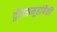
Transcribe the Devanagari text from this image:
द्वीपसमूहांपैकी